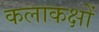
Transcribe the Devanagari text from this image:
कलाकक्षों